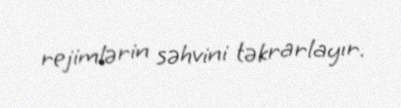
rejimlərin səhvini təkrarlayır.